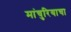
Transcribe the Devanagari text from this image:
मांचुरियाचा